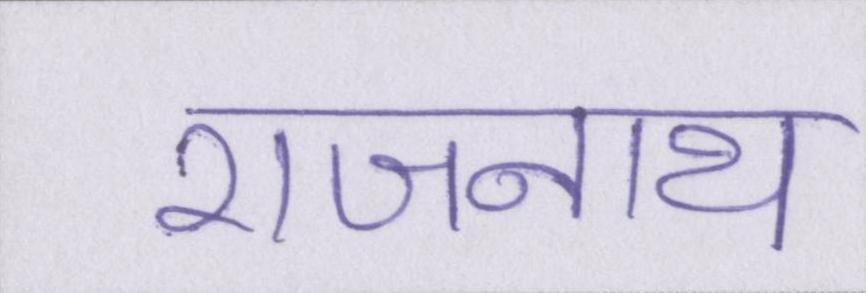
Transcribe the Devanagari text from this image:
राजनाथ